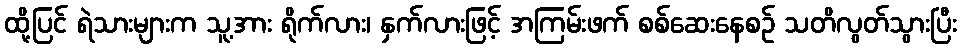
ထို့ပြင် ရဲသားများက သူ့အား ရိုက်လား၊ နှက်လားဖြင့် အကြမ်းဖက် စစ်ဆေးနေစဉ် သတိလွတ်သွားပြီး